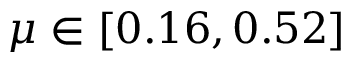
\mu \in [ 0 . 1 6 , 0 . 5 2 ]